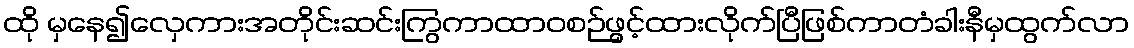
ထို မှနေ၍လှေကားအတိုင်းဆင်းကြွကာထာဝစဉ်ဖွင့်ထားလိုက်ပြီဖြစ်ကာတံခါးနီမှထွက်လာ